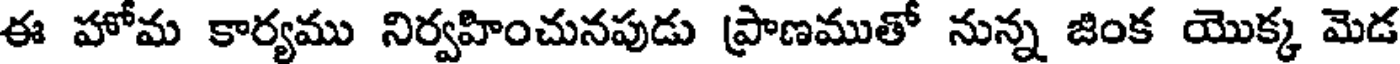
ఈ హోమ కార్యము నిర్వహించునపుడు ప్రాణముతో నున్న జింక యొక్క మెడ